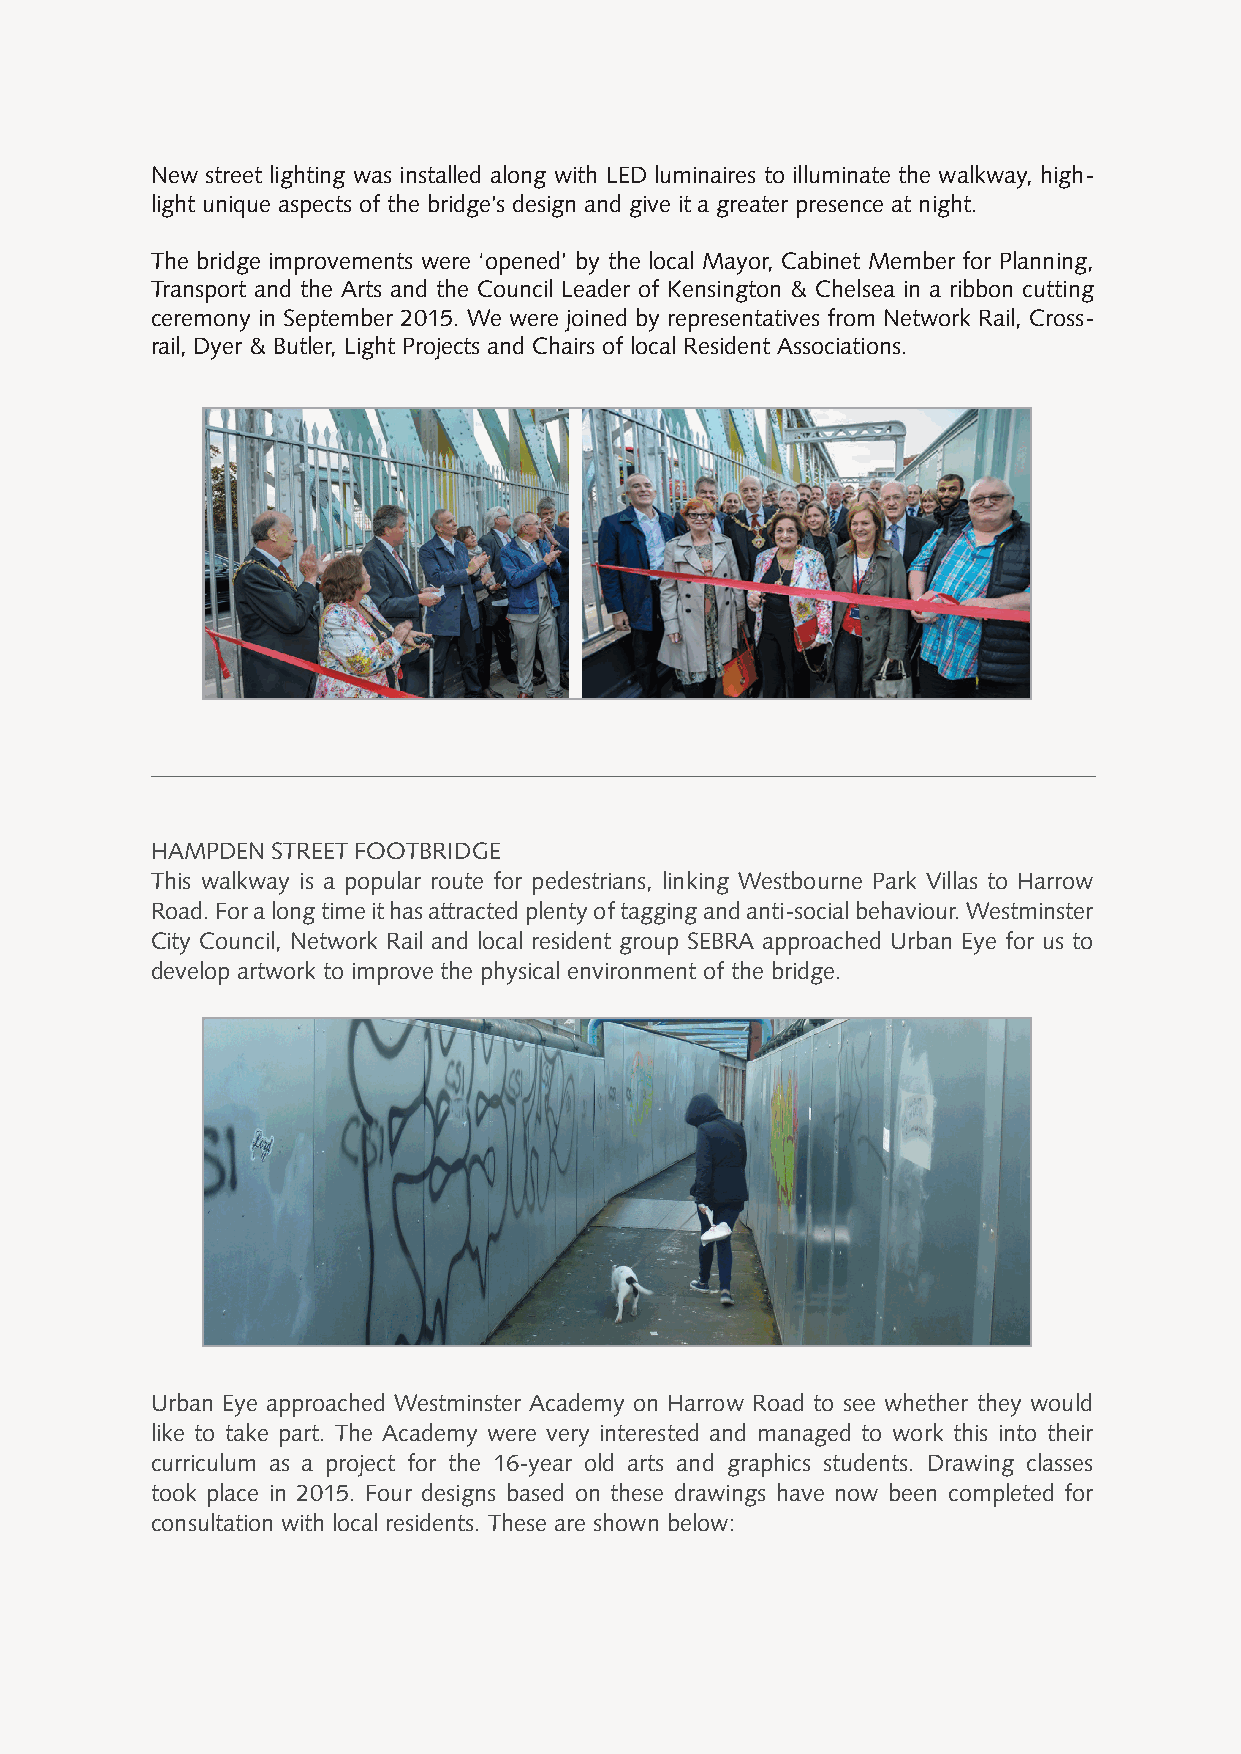
New street lighting was installed along with LED luminaires to illuminate the walkway, high-
 light unique aspects of the bridge’s design and give it a greater presence at night.
 The bridge improvements were ‘opened’ by the local Mayor, Cabinet Member for Planning,
 Transport and the Arts and the Council Leader of Kensington & Chelsea in a ribbon cutting
 ceremony in September 2015. We were joined by representatives from Network Rail, Cross-
 rail, Dyer & Butler, Light Projects and Chairs of local Resident Associations.
 HAMPDEN STREET FOOTBRIDGE
 This walkway is a popular route for pedestrians, linking Westbourne Park Villas to Harrow
 Road. For a long time it has attracted plenty of tagging and anti-social behaviour. Westminster
 City Council, Network Rail and local resident group SEBRA approached Urban Eye for us to
 develop artwork to improve the physical environment of the bridge.
 Urban Eye approached Westminster Academy on Harrow Road to see whether they would
 like to take part. The Academy were very interested and managed to work this into their
 curriculum as a project for the 16-year old arts and graphics students. Drawing classes
 took place in 2015. Four designs based on these drawings have now been completed for
 consultation with local residents. These are shown below: